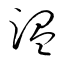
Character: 温